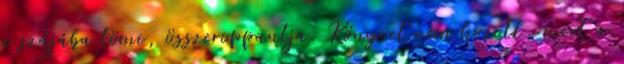
a szájába tömi, összeroppantja. Könyvet nem hozott, mert a